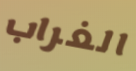
الغراب